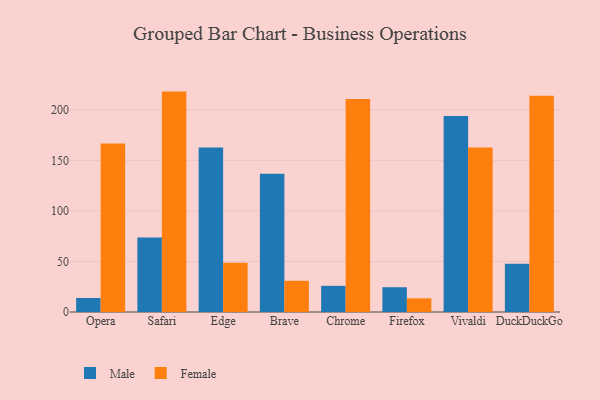
{"axis": {"x": "Browser", "y": "Gross Profit (USD K)"}, "legend": ["Female", "Male"], "data": [{"x": "Opera", "y": 13.9, "type": "Male"}, {"x": "Opera", "y": 166.7, "type": "Female"}, {"x": "Safari", "y": 73.6, "type": "Male"}, {"x": "Safari", "y": 218.1, "type": "Female"}, {"x": "Edge", "y": 162.9, "type": "Male"}, {"x": "Edge", "y": 48.7, "type": "Female"}, {"x": "Brave", "y": 136.7, "type": "Male"}, {"x": "Brave", "y": 30.9, "type": "Female"}, {"x": "Chrome", "y": 25.9, "type": "Male"}, {"x": "Chrome", "y": 210.7, "type": "Female"}, {"x": "Firefox", "y": 24.5, "type": "Male"}, {"x": "Firefox", "y": 13.5, "type": "Female"}, {"x": "Vivaldi", "y": 193.9, "type": "Male"}, {"x": "Vivaldi", "y": 162.8, "type": "Female"}, {"x": "DuckDuckGo", "y": 47.7, "type": "Male"}, {"x": "DuckDuckGo", "y": 213.9, "type": "Female"}]}